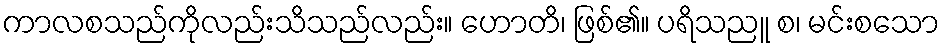
ကာလစသည်ကိုလည်းသိသည်လည်း။ ဟောတိ၊ ဖြစ်၏။ ပရိသညူ စ၊ မင်းစသော